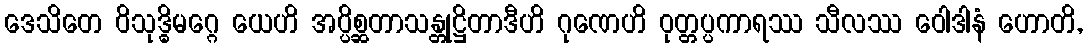
ဒေသိတေ ဝိသုဒ္ဓိမဂ္ဂေ ယေဟိ အပ္ပိစ္ဆတာသန္တုဋ္ဌိတာဒီဟိ ဂုဏေဟိ ဝုတ္တပ္ပကာရဿ သီလဿ ဝေါဒါနံ ဟောတိ,